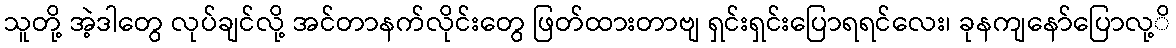
သူတို့ အဲ့ဒါတွေ လုပ်ချင်လို့ အင်တာနက်လိုင်းတွေ ဖြတ်ထားတာဗျ ရှင်းရှင်းပြောရရင်လေး၊ ခုနကျနော်ပြောလု့ိ